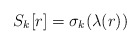
\begin{align*}S_k [r] = \sigma_k (\lambda (r))\end{align*}